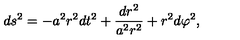
d s ^ { 2 } = - a ^ { 2 } r ^ { 2 } d t ^ { 2 } + \frac { d r ^ { 2 } } { a ^ { 2 } r ^ { 2 } } + r ^ { 2 } d \varphi ^ { 2 } ,